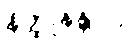
နိတ္ထုနန္တာပိ